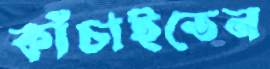
কাঁচাইতেন